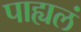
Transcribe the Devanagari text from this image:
पाह्यलं